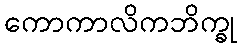
ကောကာလိကဘိက္ခု